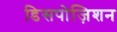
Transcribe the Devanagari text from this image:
डिसपोज़िशन